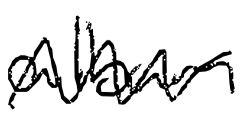
Text: album
Cross-out: zig-zag
Writing tool: digital_black